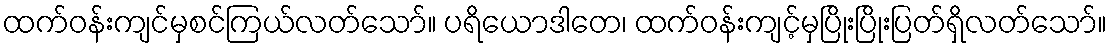
ထက်ဝန်းကျင်မှစင်ကြယ်လတ်သော်။ ပရိယောဒါတေ၊ ထက်ဝန်းကျင့်မှပြိုးပြိုးပြတ်ရှိလတ်သော်။